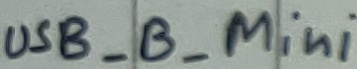
Text: UDB_B_Mini